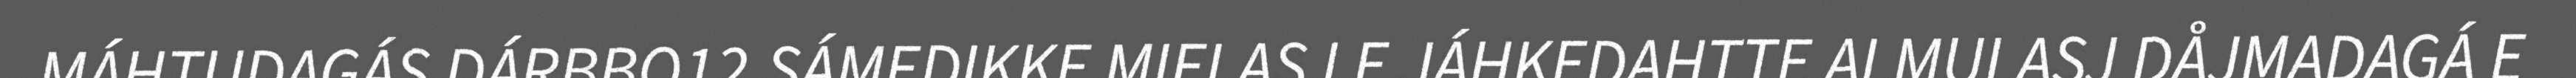
MÁHTUDAGÁS DÁRBBO12.SÁMEDIKKE MIELAS LE JÁHKEDAHTTE ALMULASJ DÅJMADAGÁ E